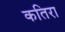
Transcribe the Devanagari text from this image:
कतिरा